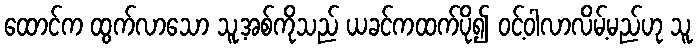
ထောင်က ထွက်လာသော သူ့အစ်ကိုသည် ယခင်ကထက်ပို၍ ဝင့်ဝါလာလိမ့်မည်ဟု သူ